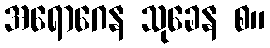
အရောဂေန သုခေန စ။